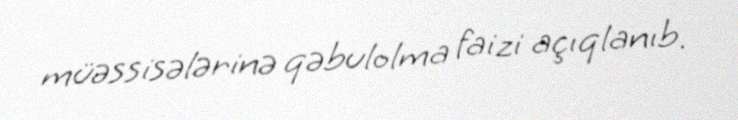
müəssisələrinə qəbulolma faizi açıqlanıb.